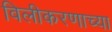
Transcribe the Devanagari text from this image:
विलीकरणाच्या